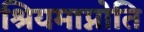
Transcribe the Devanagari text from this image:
श्रियमाप्नोति